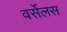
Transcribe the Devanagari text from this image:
वर्सेलस